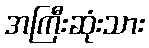
အကြီးဆုံးသား